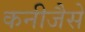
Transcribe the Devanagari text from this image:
कनीजैसे